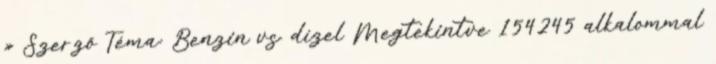
» Szerző Téma: Benzin vs. dízel Megtekintve 154245 alkalommal